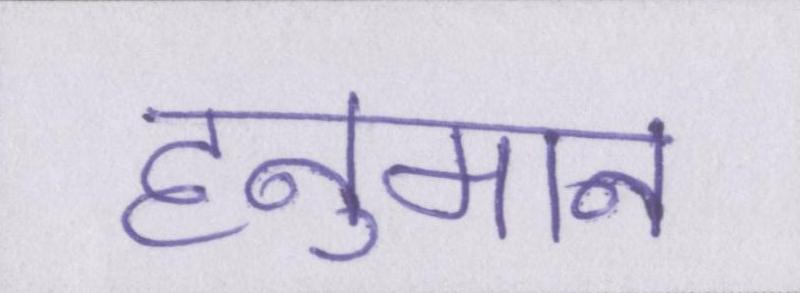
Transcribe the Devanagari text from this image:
हनुमान